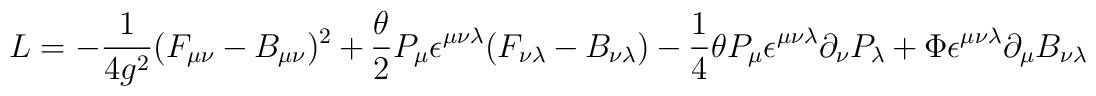
{\sl L} = -\frac{1}{4 g^2}(F_ {\mu \nu} - B_{\mu \nu})^2 + {{\theta} \over 2} P_\mu \epsilon^{\mu \nu \lambda}(F_{\nu \lambda} - B_{\nu \lambda})- \frac{1}{4}  \theta P_\mu \epsilon^{\mu \nu \lambda} \partial_\nu P_\lambda + \Phi \epsilon^{\mu \nu \lambda} \partial_ \mu B_{\nu \lambda}